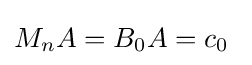
M_{n}A=B_{0}A=c_{0}~